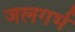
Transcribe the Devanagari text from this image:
जलगर्भ